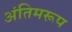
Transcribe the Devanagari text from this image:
अंतिमरूप